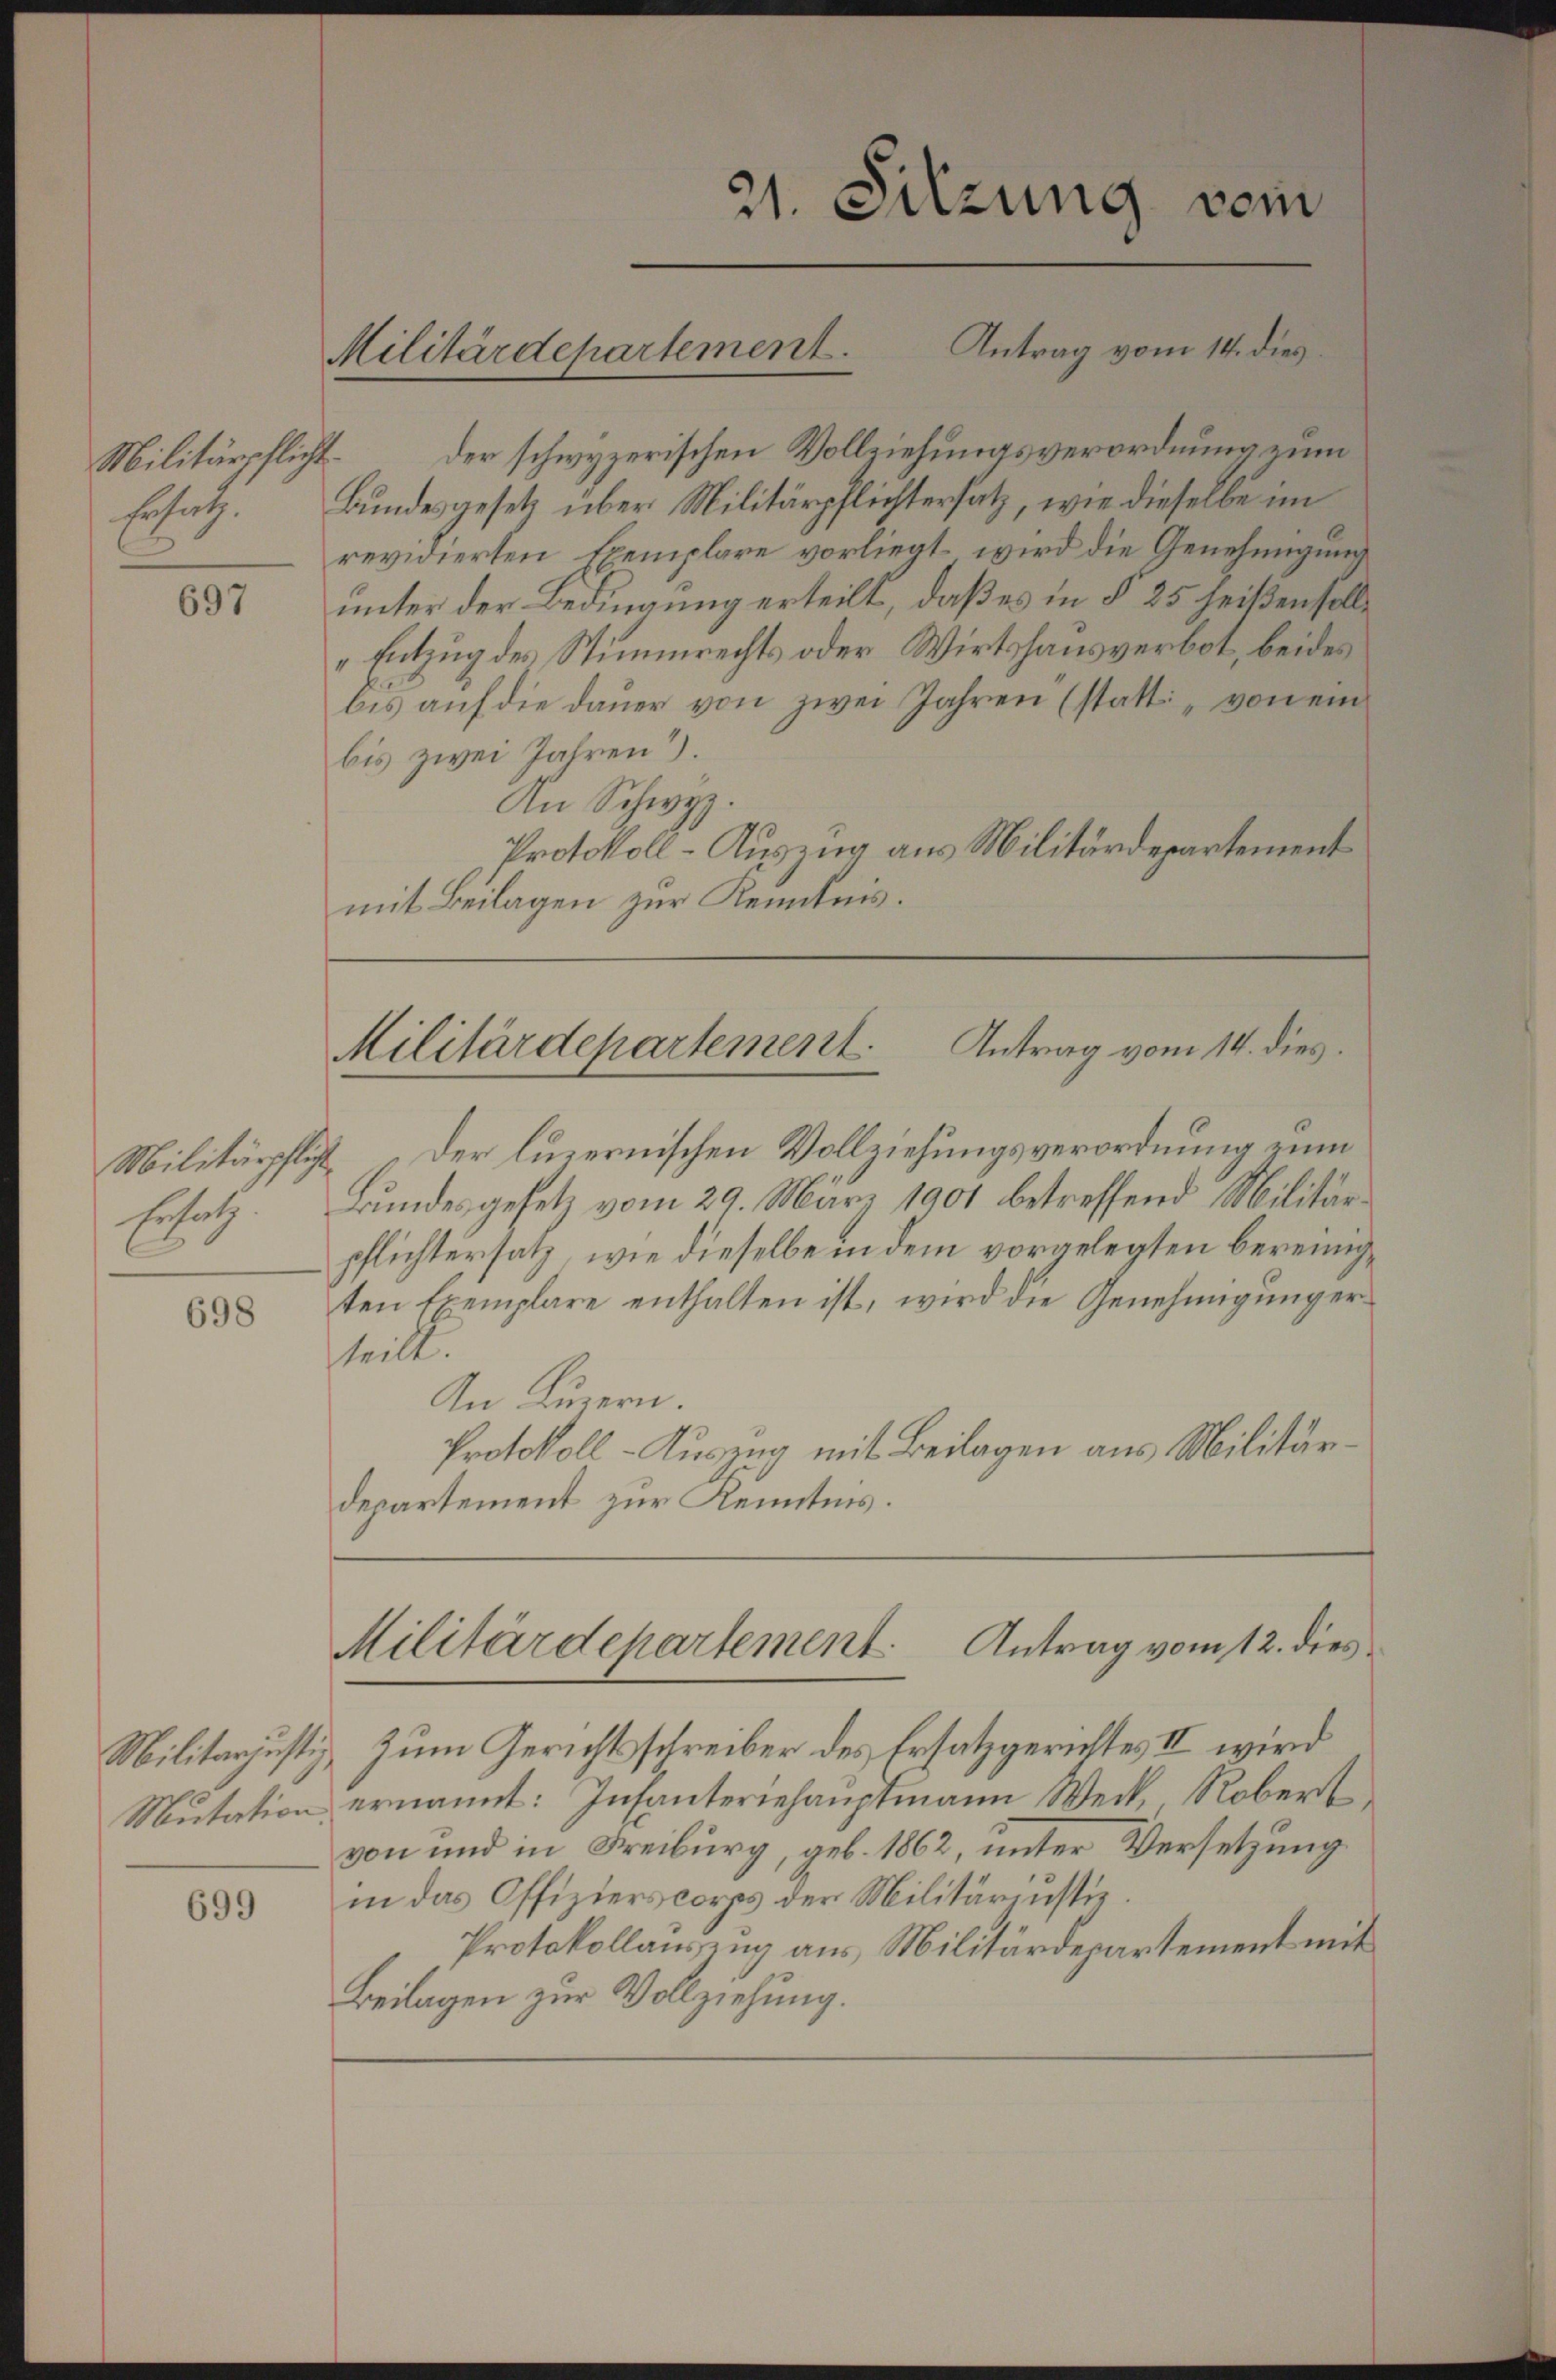
sohrt.

697

Ersatz.

698

699

Militärpflicht der schwyzerischen Vollziehungsverordnung zum
Bundesgesetz über Militärpflichtersatz, wie dieselbe im
revidierten Exemplare vorliegt, wird die Genehmigung
unter der Bedingung erteilt, daß es in § 25 heißen solle
„Entzug des Stimmrechts oder Wirtshausverbot, beides
bis auf die dauer von zwei Jahren (statt „von ein
bis zwei Jahren).
An Schwyz.
Protokoll-Auszug aus Militärdepartement
mit Beilagen zur Kenntnis.

Militärdepartement.

21. Sitzung vom
Antrag vom 14. dies

Antrag vom 14. dies
Militärdepartement

Militärpflicht der luzernischen Vollziehungsverordnung zum
Bundesgesetz vom 29. März 1901 betreffend Militärpflichtersatz, wie dieselbe in dem vorgelegten bereinigten Exemplare enthalten ist, wird die Genehmigung erteilt.
An Luzern.
Protokoll-Auszug mit Beilagen aus Militärdepartement zur Kenntnis.

Militärdepartement. Antrag vom 12. dies

Militarjustiz zum Gerichtsschreiber des Ersatzgerichtes II wird
Mutation ernannt: Infanteriehauptmann Weck, Robert
von und in Freiburg, geb. 1862, unter Versetzung
in das Offizierscorps der Militäriustiz.
Protokollauszug aus, Militärdepartement mit
Beilagen zur Vollziehung.